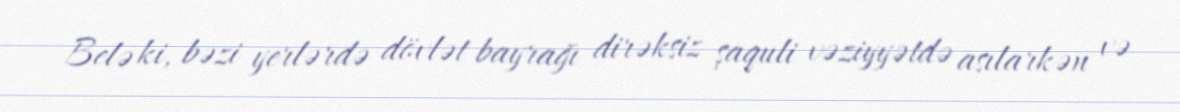
Belə ki, bəzi yerlərdə dövlət bayrağı dirəksiz şaquli vəziyyətdə asılarkən və